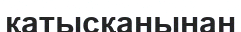
қатысқанынан